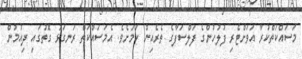
މަަސައްކަތްކުރާ އަވަށްޓެރި ފުލުހުންގެ ފަލްސަފާގެ ތެރެއިން ކަމަށެވެ. އެމަސައްކަތް ރަނގަޅު ގޮތުގައި ދިއުމުން